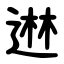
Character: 䢞